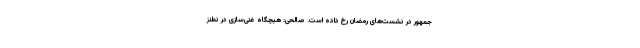
جمهور در نشست‌های رمضان رخ داده است. صالحی: هیچگاه غنی‌سازی در نطنز